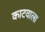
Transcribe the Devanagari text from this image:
काटवाला